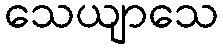
သေယျာသေ